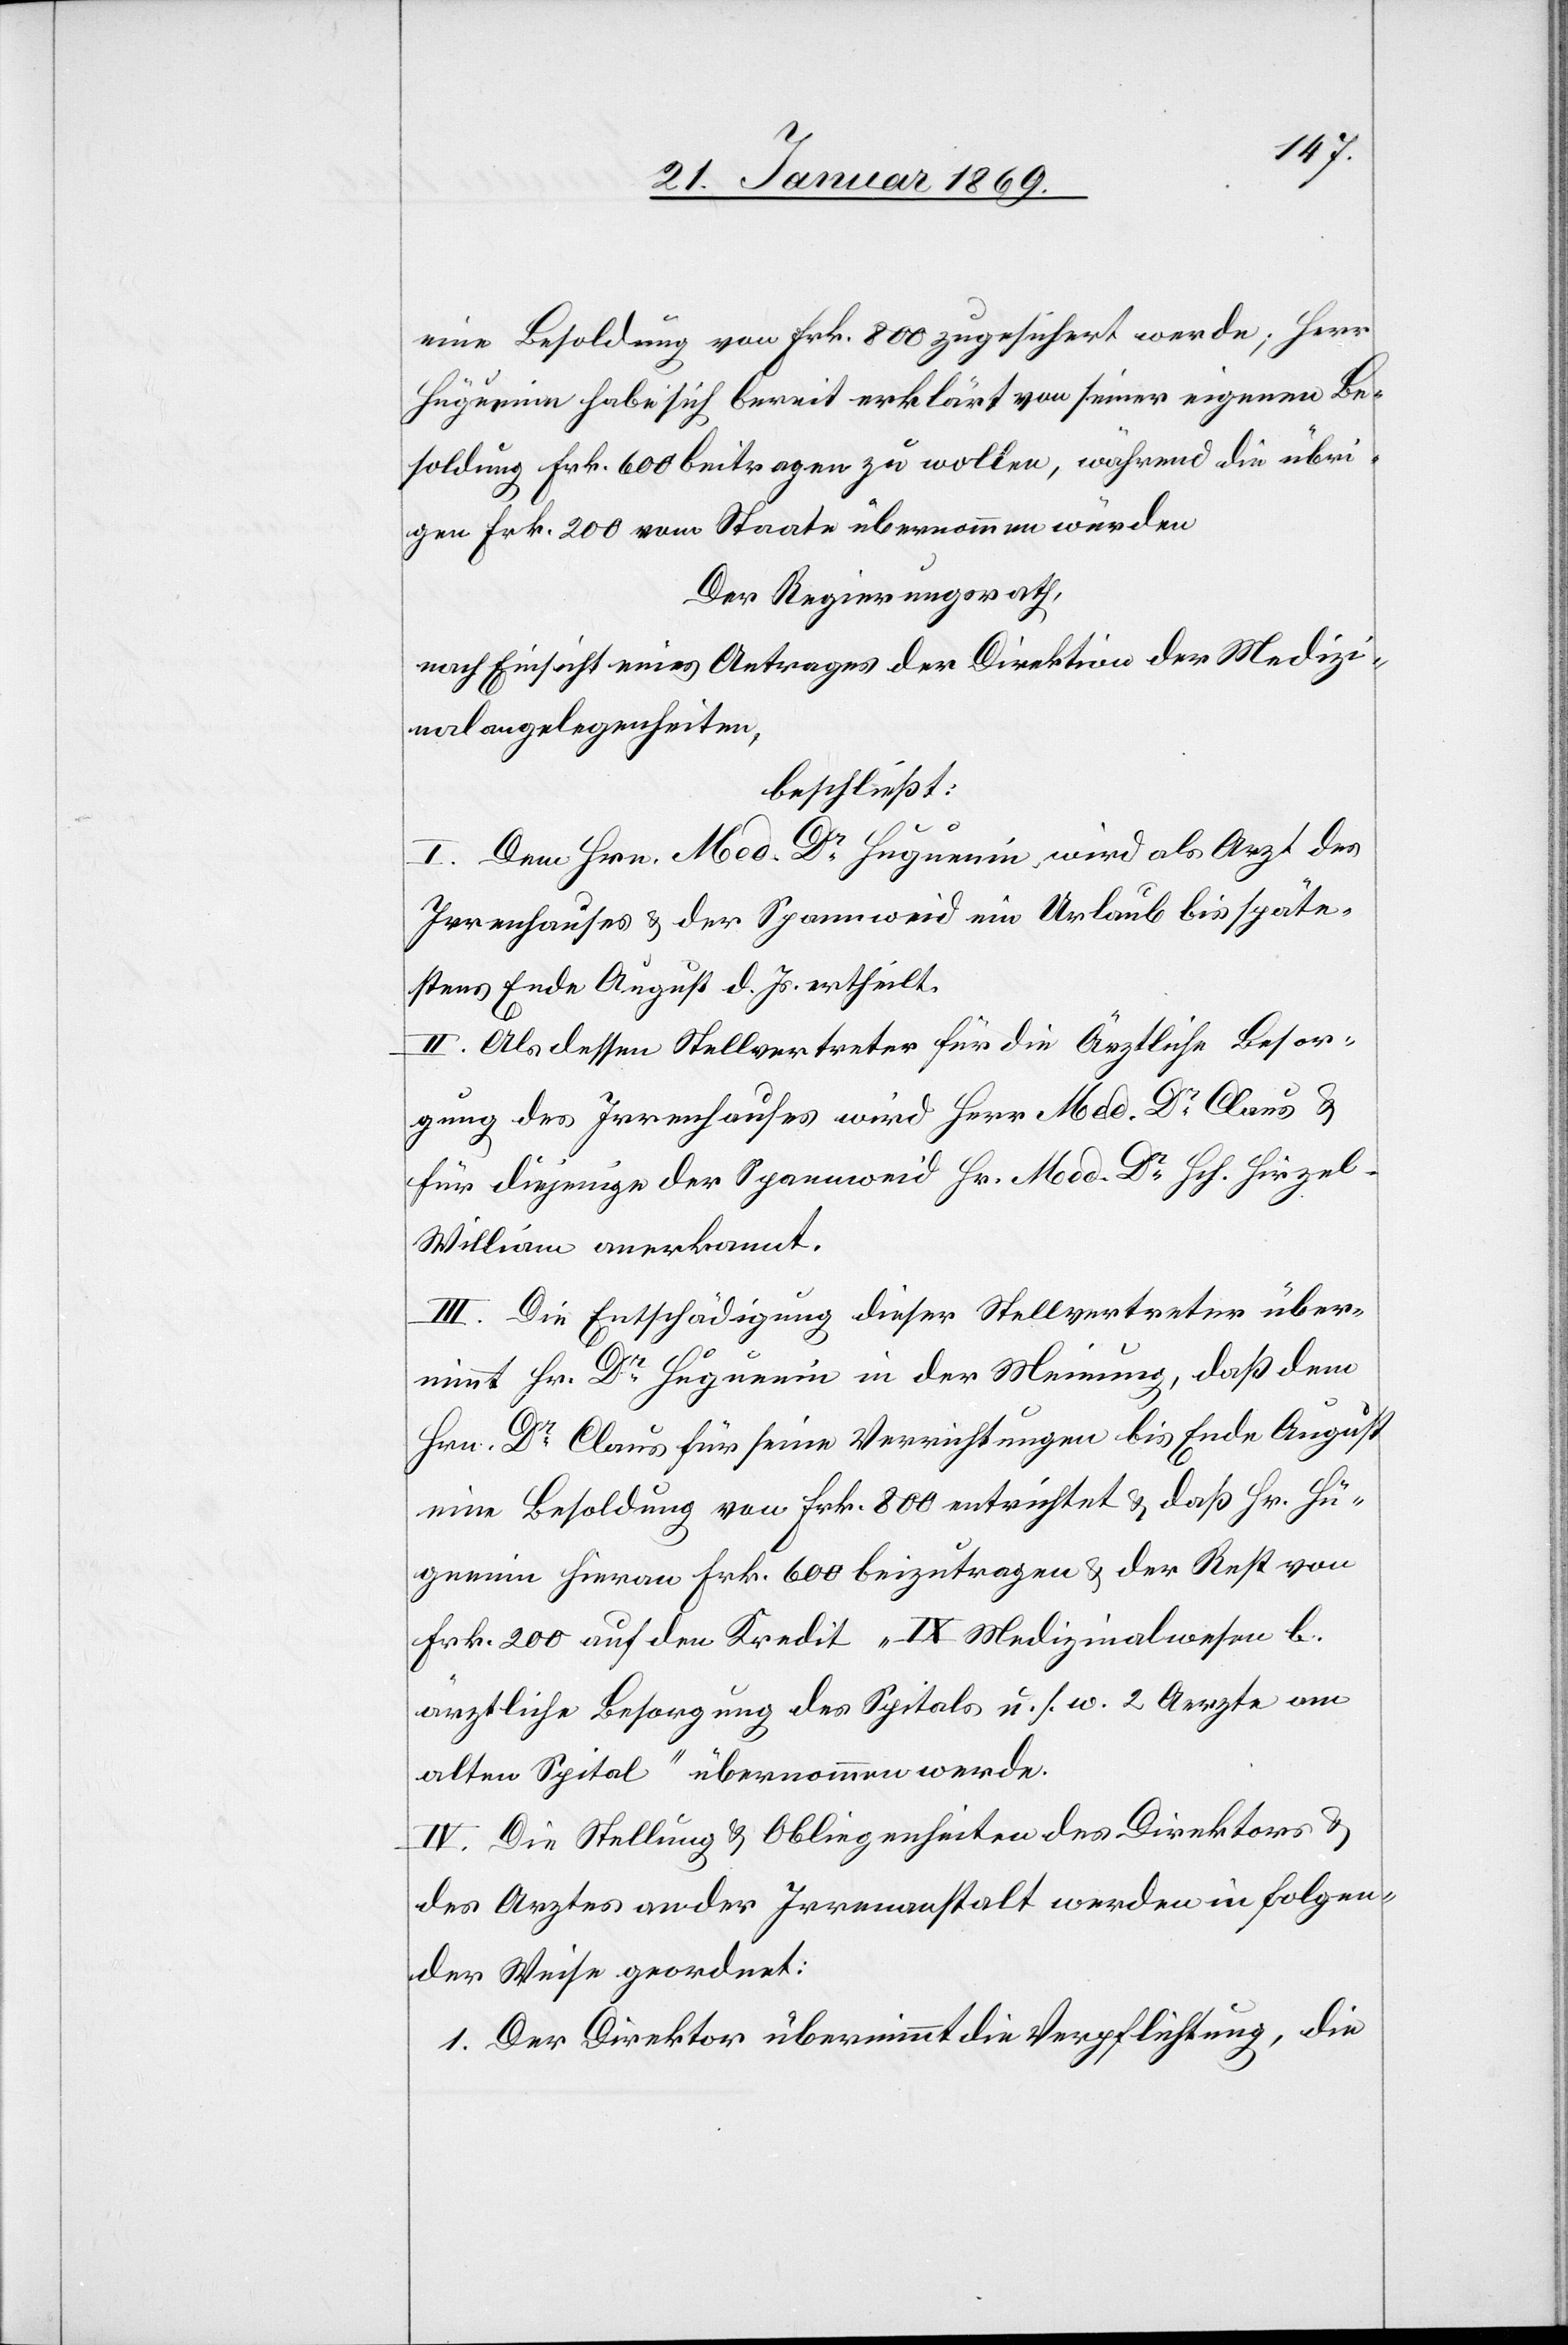
eine Besoldung von Frk. 800 zugesichert werde; Herr
Huguenin habe sich bereit erklärt von seiner eigenen Be¬
soldung Frk. 600 beitragen zu wollen, während die übri¬
gen Frk. 200 vom Staate übernommen würden.
Der Regierungsrath,
nach Einsicht eines Antrages der Direktion der Medizi¬
nalangelegenheiten,
beschließt:
I. Dem Hrn. Med. Dr Huguenin wird als Arzt des
Irrenhauses & der Spannweid ein Urlaub bis späte¬
stens Ende August d. Js. ertheilt.
II. Als dessen Stellvertreter für die Ärztliche Besor¬
gung des Irrenhauses wird Herr Med Dr Claus &
für diejenige Spannweid Hr. Med. Dr Hch. Hirze¬
l-William anerkannt.
III. Die Entschädigung dieser Stellvertreter über¬
nimmt Hr. Dr Huguenin in der Meinung, daß dem
Hrn. Dr Claus für seine Verrichtungen bis Ende August
eine Besoldung von Frk. 800 entrichtet & daß Hr. Hu¬
guenin hieran Frk. 600 beizutragen & der Rest von
Frk. 200 auf den Kredit „IX Medizinalwesen b.
ärztliche Besorgung des Spitals u. s. w. 2 Aerzte am
alten Spital“ übernommen werde.
IV. Die Stellung & Obliegenheiten des Direktors &
des Arztes an der Irrenanstalt werden in folgen¬
der Weise geordnet:
1. Der Direktor übernimmt die Verpflichtung, die